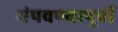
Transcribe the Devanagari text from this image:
संपवण्यापूर्वी